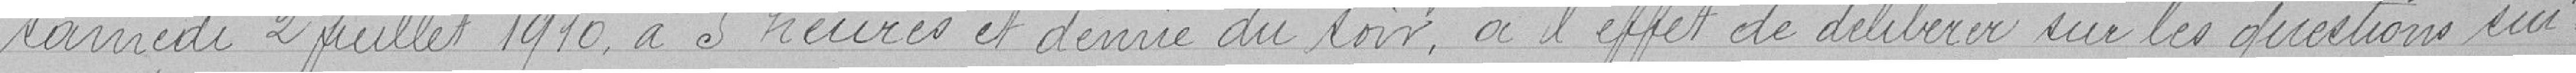
samedi 2 juillet 1910, à 5 heures et demie du soir, à l'effet de délibérer sur les questions  sui-